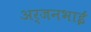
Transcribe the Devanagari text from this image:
अर्जनभाई